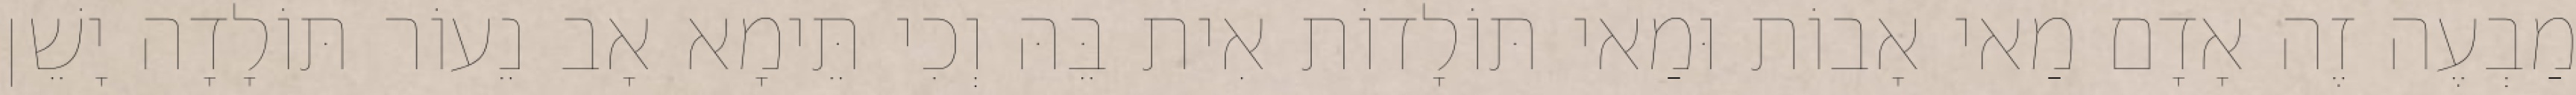
מַבְעֶה זֶה אָדָם מַאי אָבוֹת וּמַאי תּוֹלָדוֹת אִית בֵּהּ וְכִי תֵּימָא אָב נֵעוֹר תּוֹלָדָה יָשֵׁן